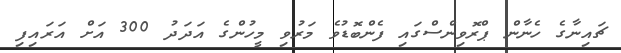
ޗައިނާގެ ހެނާން ޕްރޮވިންސްގައި ފެންބޮޑުވެ މަރުވި މީހުންގެ އަދަދު 300 އަށް އަރައިފި